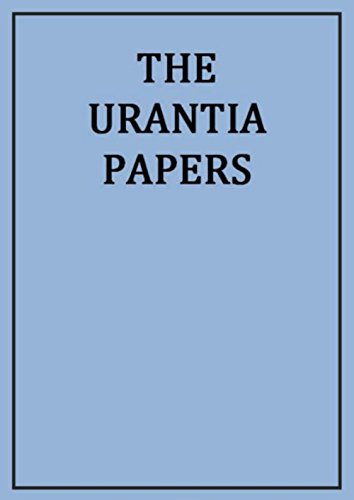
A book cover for The Urantia Papers; Unknown; Religion & Spirituality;